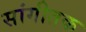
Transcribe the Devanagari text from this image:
सांगीतक